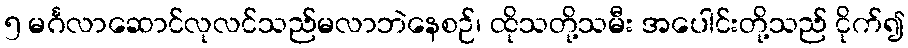
၅ မင်္ဂလာဆောင်လုလင်သည်မလာဘဲနေစဉ်၊ ထိုသတို့သမီး အပေါင်းတို့သည် ငိုက်၍